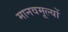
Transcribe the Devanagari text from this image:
मानवमूल्यों